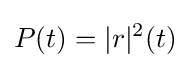
P(t)=|r|^{2}(t)